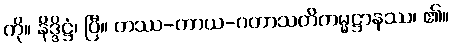
ကို။ နိဒ္ဒိဋ္ဌံ၊ ပြီ။ တဿ-ကာယ-ဂတာသတိကမ္မဋ္ဌာနဿ၊ ၏။